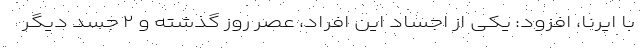
با ایرنا، افزود: یکی از اجساد این افراد، عصر روز گذشته و ۲ جسد دیگر